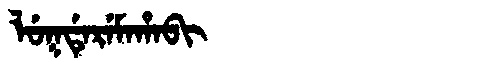
Manchu: ᠯᡠᡴᡩᡝᡵᡝᠮᠠᡥᠠᠪᡳ
Romanization: LUKDEREMAHABI